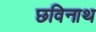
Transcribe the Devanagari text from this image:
छविनाथ